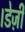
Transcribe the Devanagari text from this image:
।डेज़ी